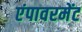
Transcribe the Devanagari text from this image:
एंपावरमेंट